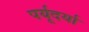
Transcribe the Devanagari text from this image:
पर्यूदर्या